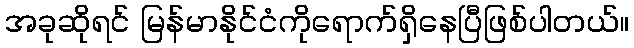
အခုဆိုရင် မြန်မာနိုင်ငံကိုရောက်ရှိနေပြီဖြစ်ပါတယ်။